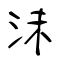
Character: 沫